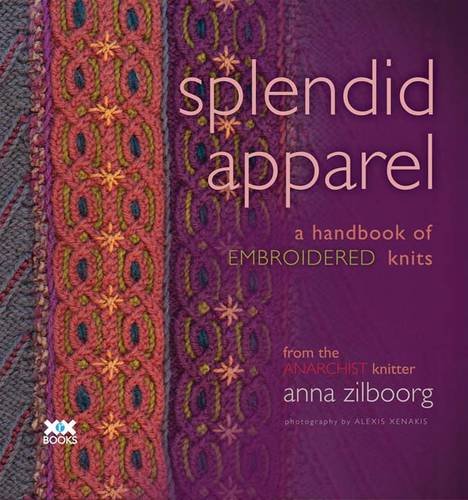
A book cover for Splendid Apparel: A Handbook of Embroidered Knits; Anna Zilboorg; Crafts, Hobbies & Home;